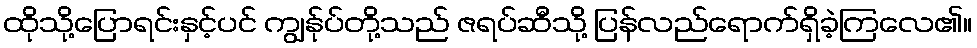
ထိုသို့ပြောရင်းနှင့်ပင် ကျွန်ုပ်တို့သည် ဇရပ်ဆီသို့ ပြန်လည်ရောက်ရှိခဲ့ကြလေ၏။